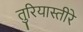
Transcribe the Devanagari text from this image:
तुरियास्तीरे